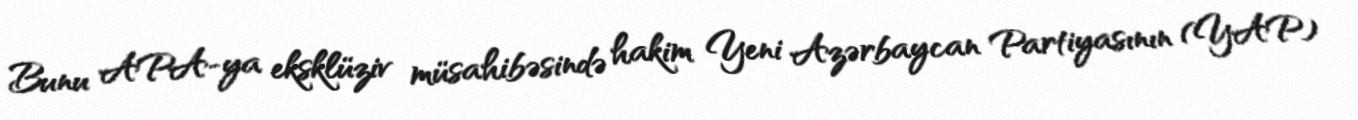
Bunu APA-ya eksklüziv müsahibəsində hakim Yeni Azərbaycan Partiyasının (YAP)